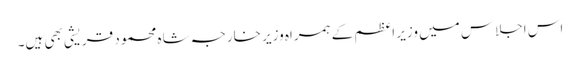
اس اجلاس میں وزیر اعظم کے ہمراہ وزیر خارجہ شاہ محمود قریشی بھی ہیں۔